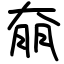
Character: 奟